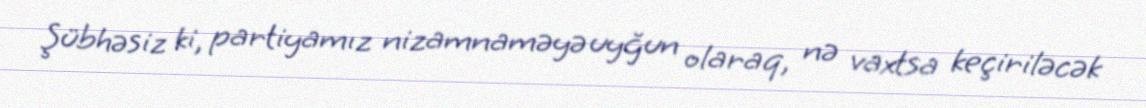
Şübhəsiz ki, partiyamız nizamnaməyə uyğun olaraq, nə vaxtsa keçiriləcək